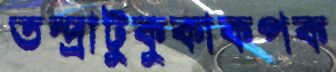
তন্দ্রাটুকুকাকপক